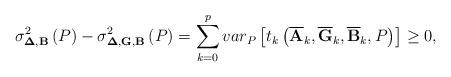
LaTeX: \begin{align*}\sigma _{\mathbf{\Delta },\mathbf{B}}^{2}\left( P\right) -\sigma _{\mathbf{\Delta },\mathbf{G},\mathbf{B}}^{2}\left( P\right) =\sum_{k=0}^{p}var_{P}\left[ t_{k}\left( \overline{\mathbf{A}}_{k},\overline{\mathbf{G}}_{k},\overline{\mathbf{B}}_{k},P\right) \right] \geq 0,\end{align*}